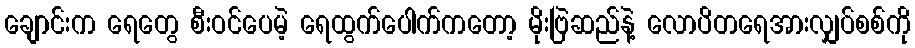
ချောင်းက ရေတွေ စီးဝင်ပေမဲ့ ရေထွက်ပေါက်ကတော့ မိုးဗြဲဆည်နဲ့ လောပိတရေအားလျှပ်စစ်ကို